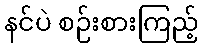
နင်ပဲ စဉ်းစားကြည့်